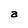
Character: a